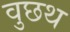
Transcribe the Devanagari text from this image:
वुछथ